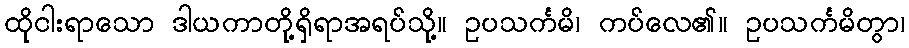
ထိုငါးရာသော ဒါယကာတို့ရှိရာအရပ်သို့။ ဥပသင်္ကမိ၊ ကပ်လေ၏။ ဥပသင်္ကမိတွာ၊